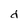
Character: d